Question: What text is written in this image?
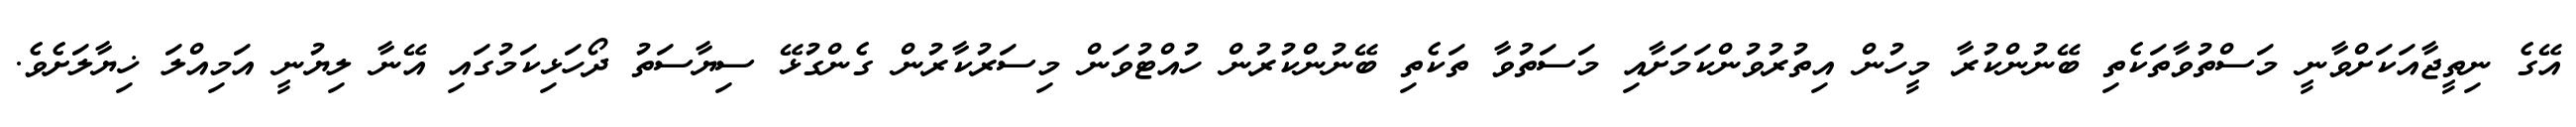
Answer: އޭގެ ނިތީޖާއަކަށްވާނީ މަސްތުވާތަކެތި ބޭނުންކުރާ މީހުން އިތުރުވުންކަމަށާއި މަސަތުވާ ތަކެތި ބޭނުންކުރުން ހުއްޓުވަން މިސަރުކާރުން ގެންގުޅޭ ސިޔާސަތު ދޯހަޅިކަމުގައި އޭނާ ލިޔުނީ އަމިއްލަ ޚިޔާލަށެވެ.